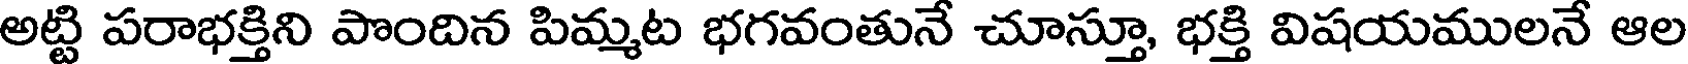
అట్టి పరాభక్తిని పొందిన పిమ్మట భగవంతునే చూస్తూ, భక్తి విషయములనే ఆల